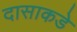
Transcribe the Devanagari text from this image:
दासाकडे